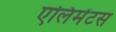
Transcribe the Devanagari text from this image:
एलिमेंटस